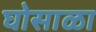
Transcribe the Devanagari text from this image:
घोसाळा